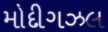
મોદીગઝલ